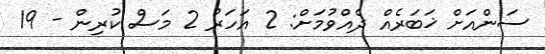
ސަންއަށް ޚަބަރެއް ދެއްވުމަށް: 2 އަހަރު 2 މަސް ކުރިން - 19